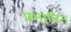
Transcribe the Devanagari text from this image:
प्रभाबित